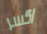
اكسر